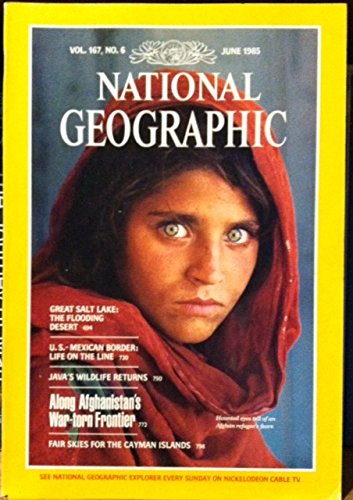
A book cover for National Geographic Vol. 167 No. 6 June 1985; Science & Math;